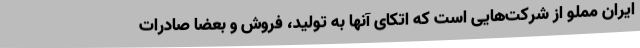
ایران مملو از شرکت‌هایی است که اتکای آنها به تولید، فروش و بعضا صادرات